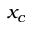
x _ { c }